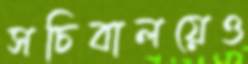
সচিবালয়েও